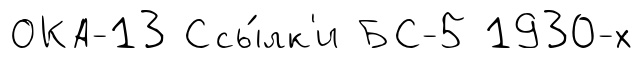
ОКА-13 Ссы́лк'и БС-5 1930-х